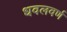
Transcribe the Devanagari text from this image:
धवलवर्ण